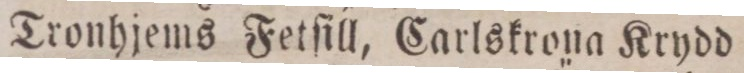
Tronhjems Fetfill, Carlskrona Krydd